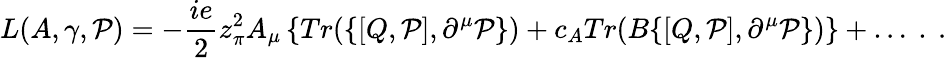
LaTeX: L(A,\gamma,{\cal P})=-\frac{ie}{2}z_{\pi}^{2}A_{\mu}\left\{ Tr(\{ [Q,{\cal P}],\partial^{\mu}{\cal P}\} )+c_{A}Tr(B\{ [Q,{\cal P}],\partial^{\mu}{\cal P}\} )\right\} +\ldots~.~.